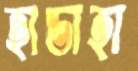
হাডাহা